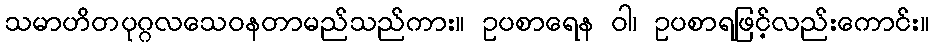
သမာဟိတပုဂ္ဂလသေဝနတာမည်သည်ကား။ ဥပစာရေန ဝါ၊ ဥပစာရဖြင့်လည်းကောင်း။